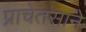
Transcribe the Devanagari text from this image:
प्राचेतसाने